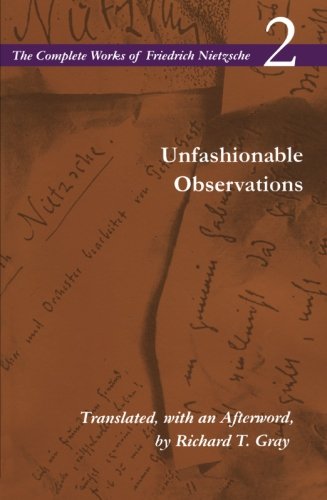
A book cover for Unfashionable Observations: Volume 2 (The Complete Works of Friedrich Nietzsche); Friedrich Nietzsche; Politics & Social Sciences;